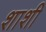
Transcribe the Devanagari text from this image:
शाशी